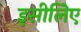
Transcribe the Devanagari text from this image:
इसीलिेए